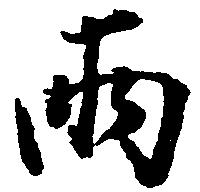
両